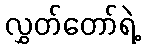
လွှတ်တော်ရဲ့